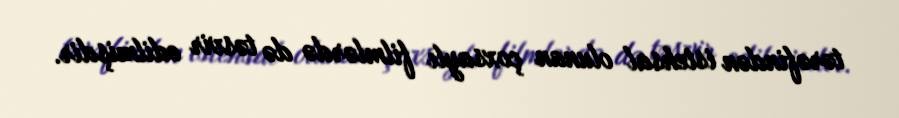
tərəfindən istehsal olunan çoxsaylı filmlərdə də təsvir edilmişdir.